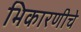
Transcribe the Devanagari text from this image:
भिकारणीचे